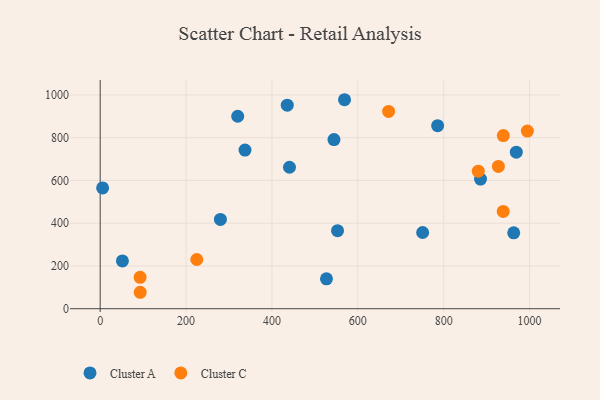
{"axis": {"x": "Investment", "y": "Rating"}, "legend": ["Cluster A", "Cluster C"], "data": [{"x": "544.5", "y": 791.0, "type": "Cluster A"}, {"x": "963.1", "y": 354.8, "type": "Cluster A"}, {"x": "440.9", "y": 661.8, "type": "Cluster A"}, {"x": "969.1", "y": 732.2, "type": "Cluster A"}, {"x": "527.0", "y": 139.7, "type": "Cluster A"}, {"x": "552.8", "y": 365.0, "type": "Cluster A"}, {"x": "435.7", "y": 952.1, "type": "Cluster A"}, {"x": "280.0", "y": 417.9, "type": "Cluster A"}, {"x": "5.7", "y": 564.9, "type": "Cluster A"}, {"x": "751.0", "y": 356.4, "type": "Cluster A"}, {"x": "320.3", "y": 900.3, "type": "Cluster A"}, {"x": "569.1", "y": 977.6, "type": "Cluster A"}, {"x": "785.9", "y": 856.2, "type": "Cluster A"}, {"x": "885.8", "y": 606.5, "type": "Cluster A"}, {"x": "337.3", "y": 742.0, "type": "Cluster A"}, {"x": "51.8", "y": 223.7, "type": "Cluster A"}, {"x": "927.4", "y": 665.6, "type": "Cluster C"}, {"x": "671.7", "y": 923.0, "type": "Cluster C"}, {"x": "93.2", "y": 76.9, "type": "Cluster C"}, {"x": "938.8", "y": 809.7, "type": "Cluster C"}, {"x": "938.6", "y": 455.3, "type": "Cluster C"}, {"x": "880.6", "y": 643.5, "type": "Cluster C"}, {"x": "994.9", "y": 830.9, "type": "Cluster C"}, {"x": "93.0", "y": 147.0, "type": "Cluster C"}, {"x": "225.0", "y": 230.1, "type": "Cluster C"}]}